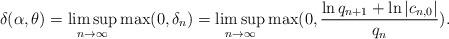
LaTeX: \begin{align*}\delta(\alpha,\theta)=\limsup_{n\to \infty}\max(0,\delta_n)=\limsup_{n\to \infty} \max(0, \frac{\ln q_{n+1}+\ln |c_{n,0}|}{q_n}).\end{align*}